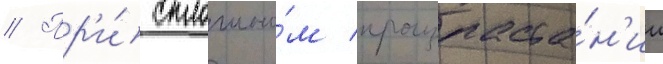
// Пр'и́ сплошно́м произраста́н'ии